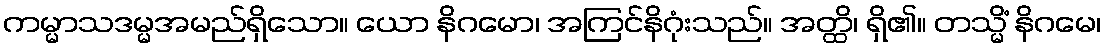
ကမ္မာသဒမ္မအမည်ရှိသော။ ယော နိဂမော၊ အကြင်နိဂုံးသည်။ အတ္ထိ၊ ရှိ၏။ တသ္မိံ နိဂမေ၊